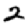
Digit: 2